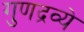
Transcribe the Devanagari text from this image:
गुणद्रव्ये